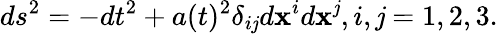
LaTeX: ds^{2}=-dt^{2}+a(t)^{2}\delta_{i\mathit{j}}d\mathbf{x}^{i}d\mathbf{x}^{\mathit{j}},i,\mathit{j}=1,2,3.